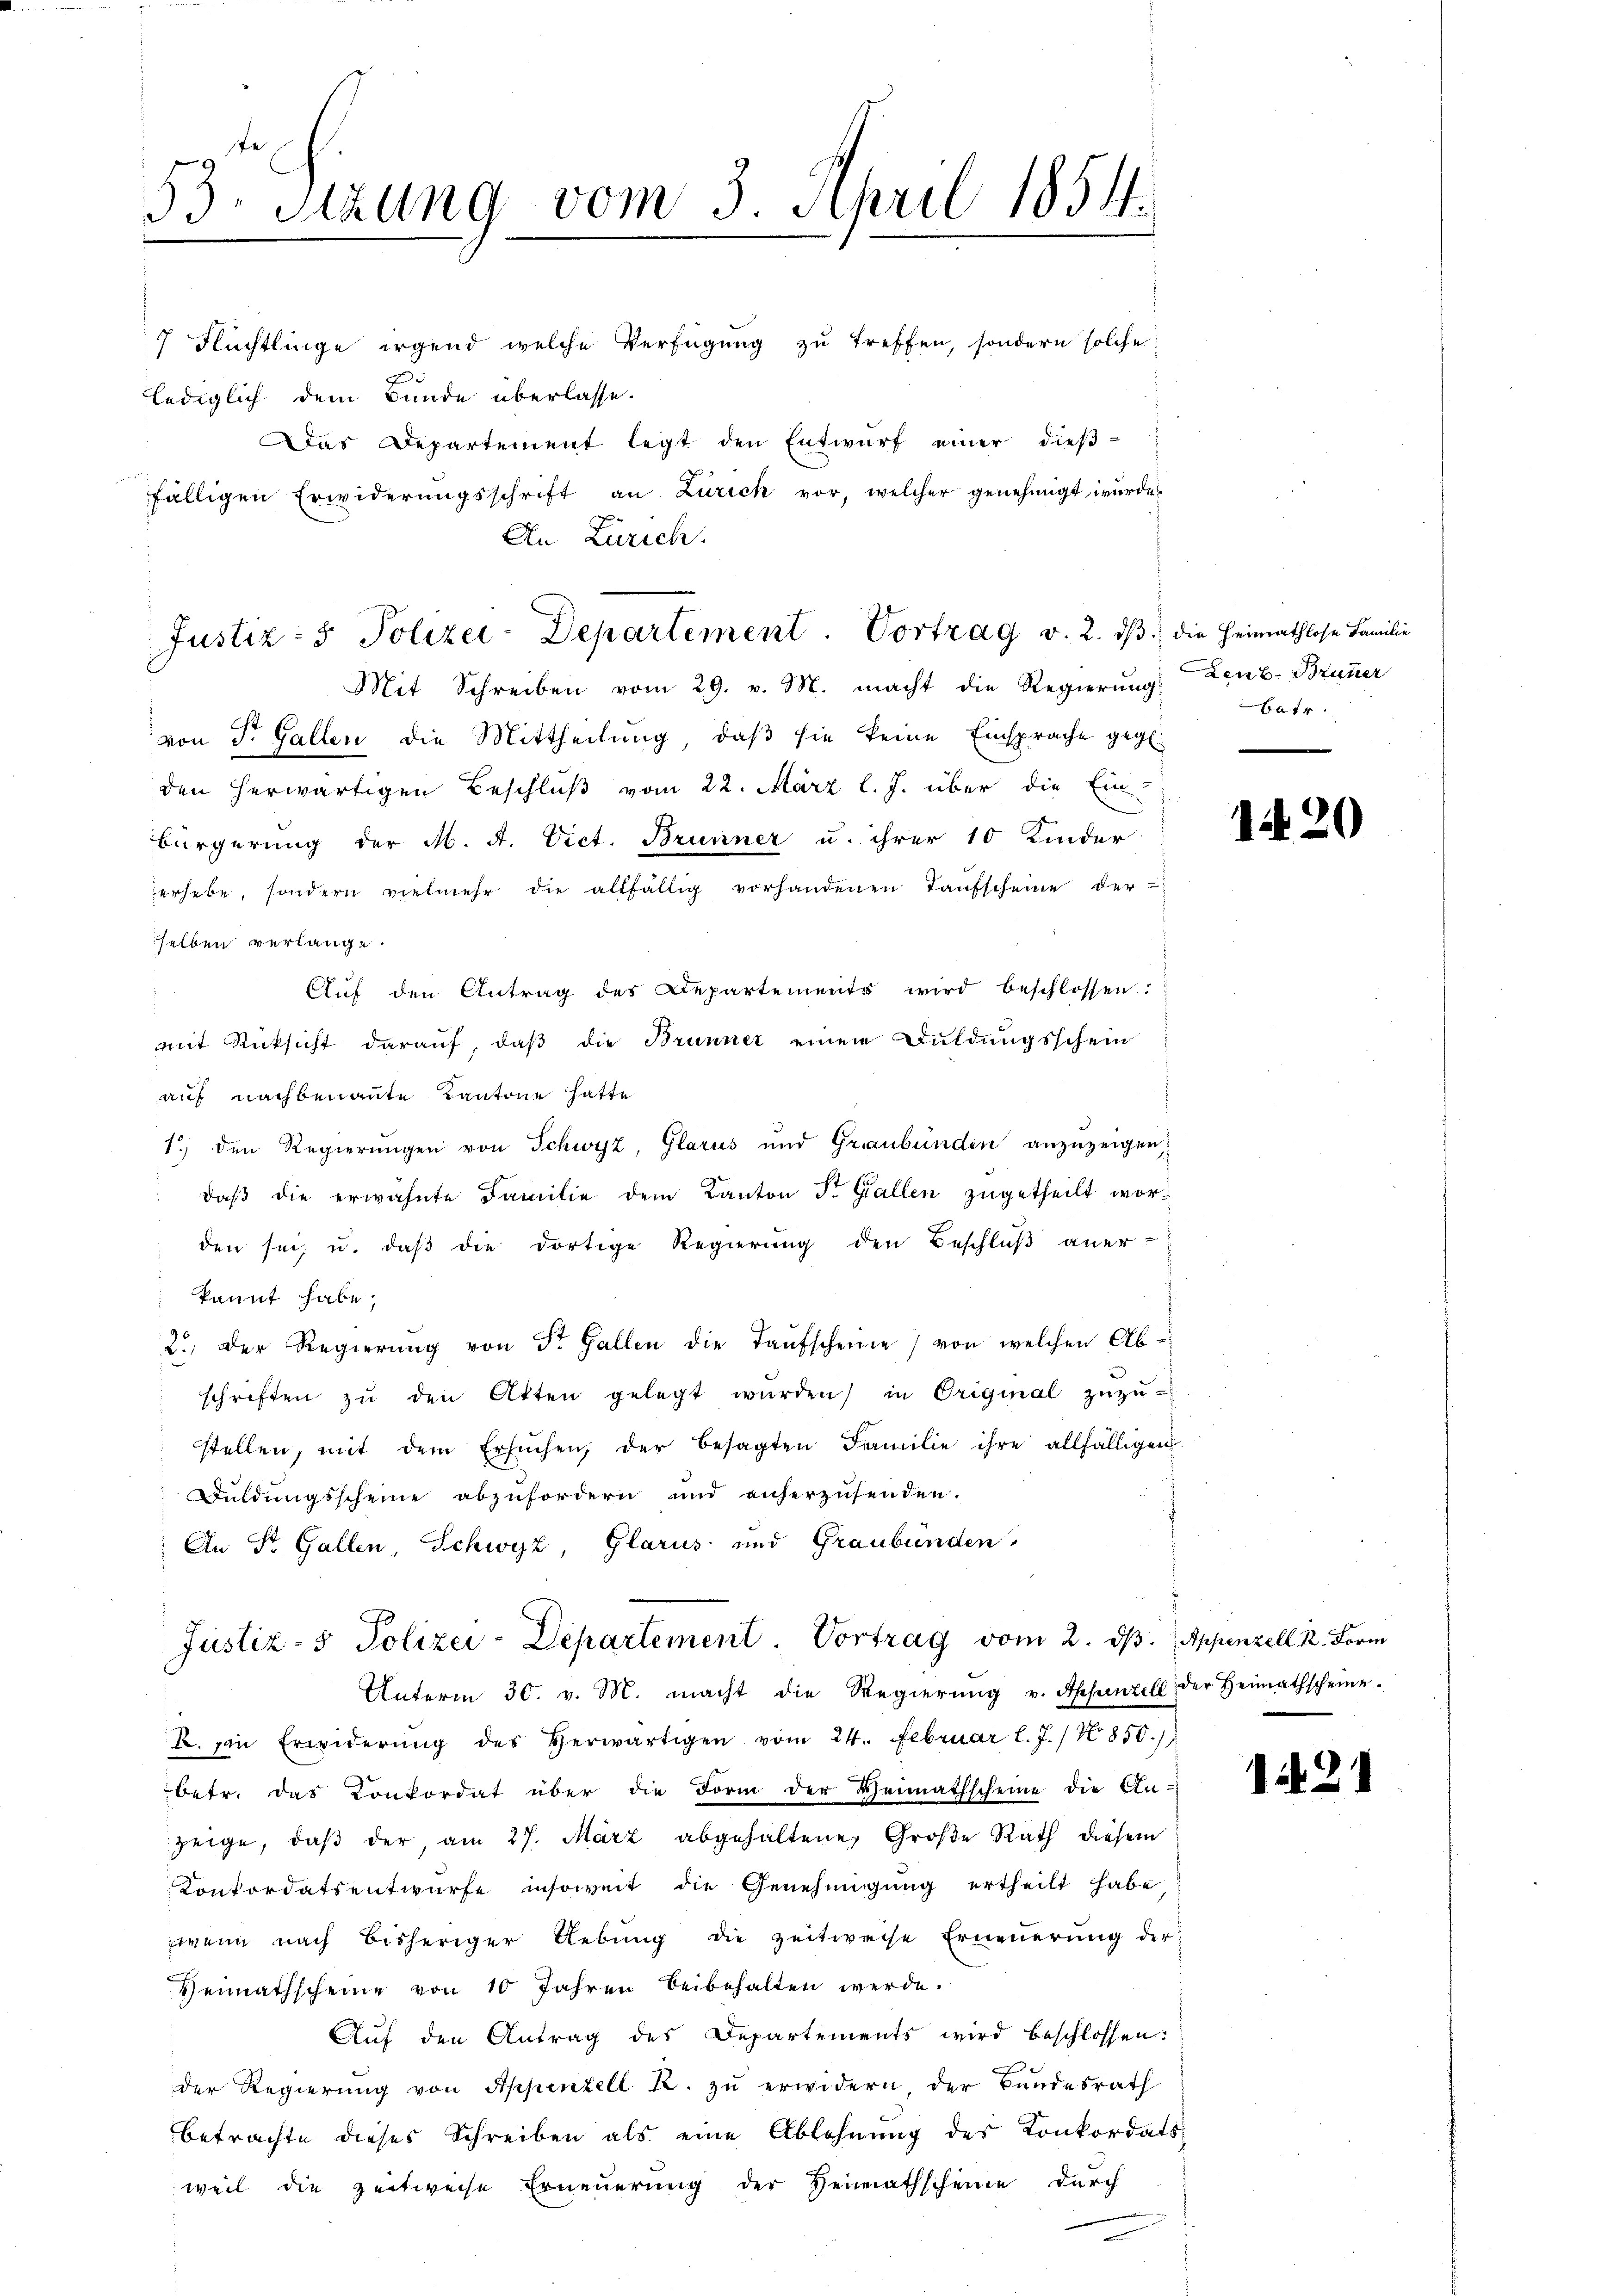
53. Sitzung vom 3. April 1854.

7 Flüchtlinge irgend welche Verfügŭng zŭ treffen, sondern solche
a
lediglich dem Bunde überlasse.
Das Departement legt den Entwurf einer dieß-
fälligen Erwiderŭngsschrift an Zürich vor, welcher genehmigt würde.
An Zürich.

Justiz- & Polizei-Departement. Vortrag v. 2. dβ die Heimathlose Familie
Mit Schreiben vom 29. v. M. macht die Regierung Leub-Brunner

von St. Gallen die Mittheilung, daß sie keine Einsprache gege
den herwärtigen Beschluß vom 22. März l. J. über die Ein-
bürgerung der M. A. Vict. Brunner u. ihrer 10 Kinder
erhebe, sondern vielmehr die allfällig vorhandenen Taufscheine der
selben verlange.
Auf den Antrag des Departements wird beschlossen:
mit Rücksicht darauf, daß die Brunner einem Duldungsschein
auf nachbenannte Kantone hatte
1) den Regierungen von Schwyz, Glarus und Graubünden anzuzeigen,
daβ die erwähnte Familie dem Kanton St. Gallen zugetheilt worden sei, u. daβ die dortige Regierŭng den Beschlŭβ aner-
 kannt habe;
2.) Der Regierŭng von St. Gallen die Taufscheine von welchen Abschriften zŭ den Atten gelegt würden, in Original zŭzŭ-
stellen, mit dem Ersuchen, der besagten Familie ihre allfälligen
Duldungsscheine abzufordern und anherzusenden.
An St. Gallen, Schwyz, Glarus und Graubünden
Justiz- & Polizei-Departement Vortrag vom 2. ds. Appenzell k. Form
Unterm 30. v. M. macht die Regierŭng v. Appenzell der Heimathscheine.
B. ein Erwiderŭng des herwärtigen vom 24. Februar l. J. /X 850.
betr. das Conkordat über die Form der Heimathscheine die An-
zeige, daß der, am 27. März abgehaltene, Große Rath diesem
Konkordatsentwurfe insoweit die Genehmigung ertheilt habe
wenn nach bisheriger Uebung die zeitweise Erneuerung der
Heimathscheine von 10 Jahren beibehalten werde.
Auf den Antrag des Departements wird beschlossen:
der Regierŭng von Appenzell R. zŭ erwidern, der Bundesrath
betrachte dieses Schreiben als eine Ablehnung des Konkordats-
weil die zeitweise Erneuerung der Heimathscheine durch

143

1420